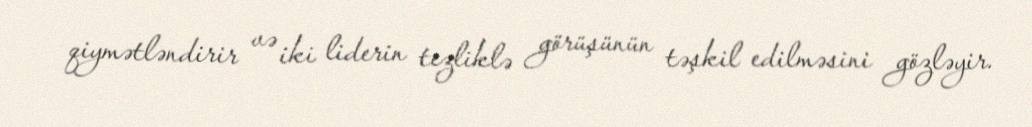
qiymətləndirir və iki liderin tezliklə görüşünün təşkil edilməsini gözləyir.